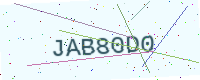
Text: JAB80D0